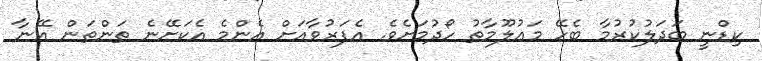
ކިޑްނީ ބަދަލުކުރުމާ ބެހޭ މަޢުލޫމާތު ހޯދުމަށެވެ. އެފަރުވާއަށް އެންމެ އެކަށޭނެ ތަންތަން އޭނާ